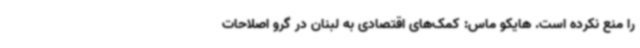
را منع نکرده است. هایکو ماس: کمک‌های اقتصادی به لبنان در گرو اصلاحات